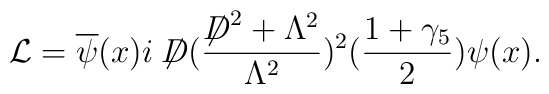
{\cal L}=\overline{\psi}(x)i\not{\!\!D}(\frac{\not{\!\!D}^{2}+\Lambda^{2}}{\Lambda^{2}})^{2}(\frac{1+\gamma_{5}}{2})\psi(x).